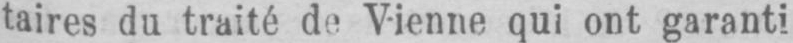
taires du traité de Vienne qui ont garanti